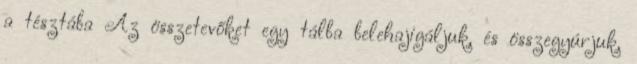
a tésztába Az összetevőket egy tálba belehajigáljuk, és összegyúrjuk,